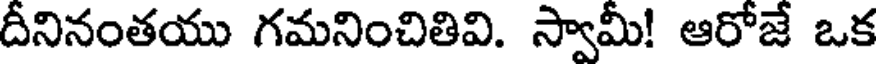
దీనినంతయు గమనించితివి. స్వామీ! ఆరోజే ఒక